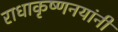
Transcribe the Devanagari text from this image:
राधाकृष्णनयांनी